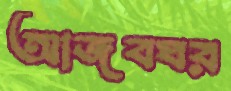
আজবঘর